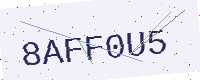
Text: 8AFF0U5